Museums and galleries and the schools, 1932
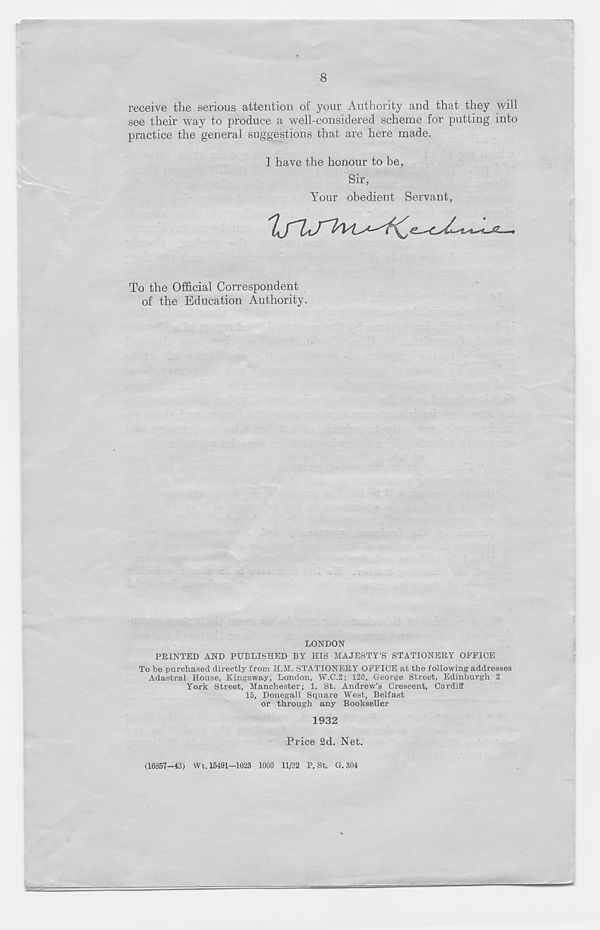
8
receive the serious attention of your Authority and that they will
see their way to produce a well-considered scheme for putting into
practice the general suggestions that are here made.
I have the honour to be,
Sir,
Your obedient Servant,
To the Official Correspondent
of the Education Authority.
LONDON
PRINTED AND PUBLISHED BY HIS MAJESTY’S STATIONERY OFFICE
To be purchased directly from H.M. STATIONERY OFFICE at the following addresses
Adastral House, Kingsway, London, W.C.2; 120, George Street, Edinburgh 2
York Street, Manchester; 1, St. Andrew’s Crescent, Cardiff
15, Donegall Square West, Belfast
or through any Bookseller
1932
Price 2d. Net.
(16857-43) Wt.. 15191-1023 1000 11/32 P. St. G. 304